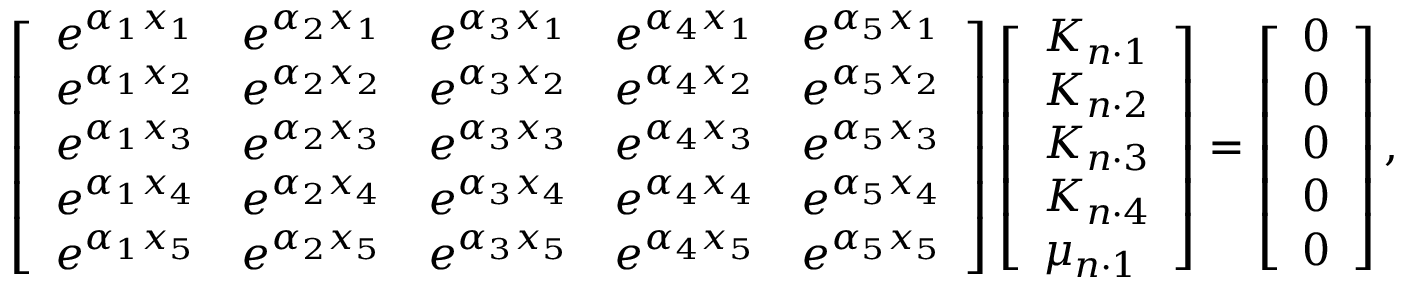
\left[ \begin{array} { l l l l l } { e ^ { \alpha _ { 1 } x _ { 1 } } } & { e ^ { \alpha _ { 2 } x _ { 1 } } } & { e ^ { \alpha _ { 3 } x _ { 1 } } } & { e ^ { \alpha _ { 4 } x _ { 1 } } } & { e ^ { \alpha _ { 5 } x _ { 1 } } } \\ { e ^ { \alpha _ { 1 } x _ { 2 } } } & { e ^ { \alpha _ { 2 } x _ { 2 } } } & { e ^ { \alpha _ { 3 } x _ { 2 } } } & { e ^ { \alpha _ { 4 } x _ { 2 } } } & { e ^ { \alpha _ { 5 } x _ { 2 } } } \\ { e ^ { \alpha _ { 1 } x _ { 3 } } } & { e ^ { \alpha _ { 2 } x _ { 3 } } } & { e ^ { \alpha _ { 3 } x _ { 3 } } } & { e ^ { \alpha _ { 4 } x _ { 3 } } } & { e ^ { \alpha _ { 5 } x _ { 3 } } } \\ { e ^ { \alpha _ { 1 } x _ { 4 } } } & { e ^ { \alpha _ { 2 } x _ { 4 } } } & { e ^ { \alpha _ { 3 } x _ { 4 } } } & { e ^ { \alpha _ { 4 } x _ { 4 } } } & { e ^ { \alpha _ { 5 } x _ { 4 } } } \\ { e ^ { \alpha _ { 1 } x _ { 5 } } } & { e ^ { \alpha _ { 2 } x _ { 5 } } } & { e ^ { \alpha _ { 3 } x _ { 5 } } } & { e ^ { \alpha _ { 4 } x _ { 5 } } } & { e ^ { \alpha _ { 5 } x _ { 5 } } } \end{array} \right] \left[ \begin{array} { l } { K _ { n \cdot 1 } } \\ { K _ { n \cdot 2 } } \\ { K _ { n \cdot 3 } } \\ { K _ { n \cdot 4 } } \\ { \mu _ { n \cdot 1 } } \end{array} \right] = \left[ \begin{array} { l } { 0 } \\ { 0 } \\ { 0 } \\ { 0 } \\ { 0 } \end{array} \right] ,